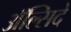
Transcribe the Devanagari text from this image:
अॅल्सिदे